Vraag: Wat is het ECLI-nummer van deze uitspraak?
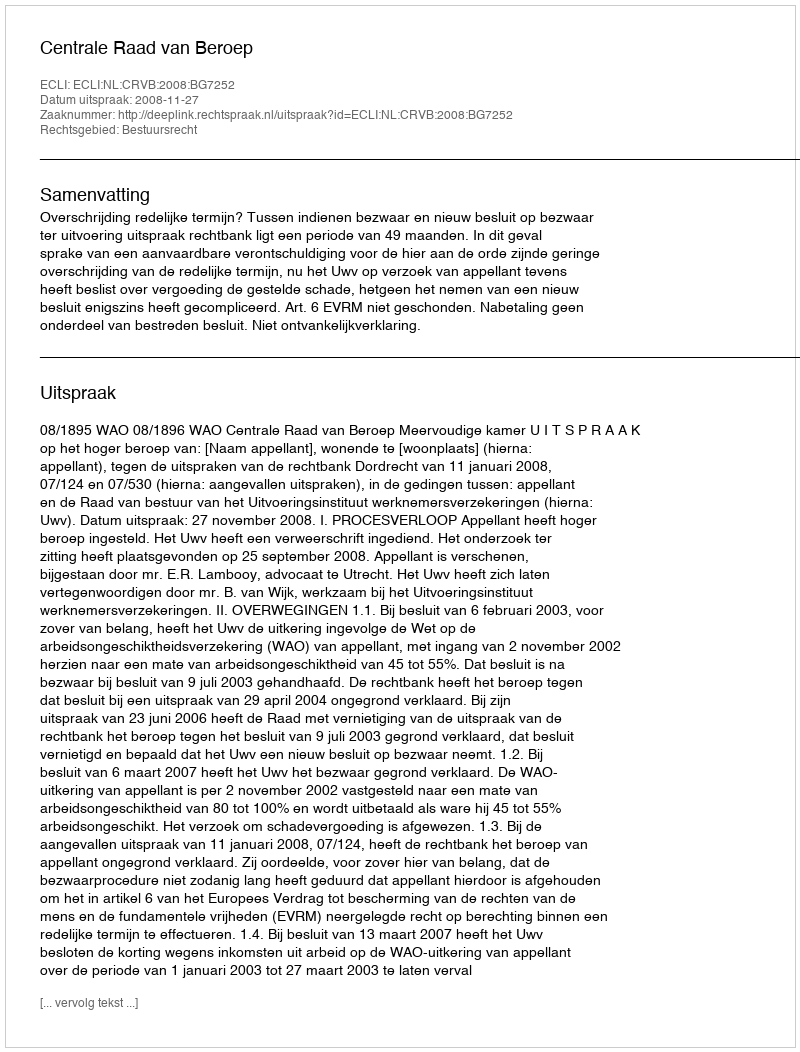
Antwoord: ECLI:NL:CRVB:2008:BG7252